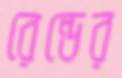
রেন্ডের